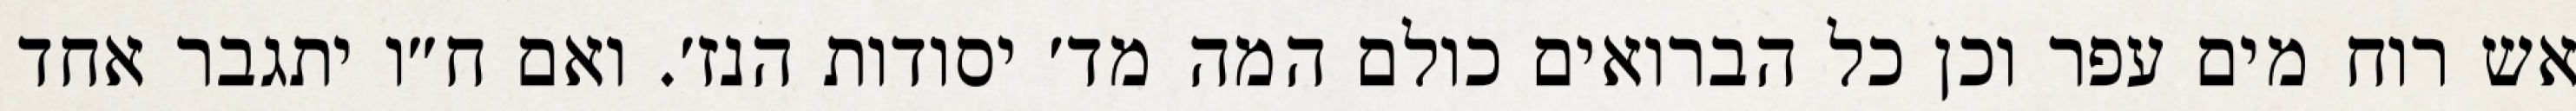
אש רוח מים עפר וכן כל הברואים כולם המה מד׳ יסודות הנז׳. ואם ח״ו יתגבר אחד